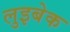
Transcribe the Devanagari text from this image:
लुइबेक